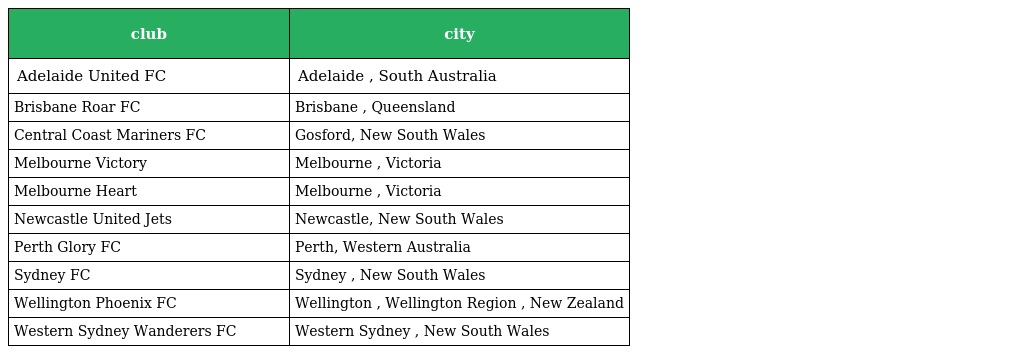
| club | city |
 | --- | --- |
 | Adelaide United FC | Adelaide , South Australia |
 | Brisbane Roar FC | Brisbane , Queensland |
 | Central Coast Mariners FC | Gosford, New South Wales |
 | Melbourne Victory | Melbourne , Victoria |
 | Melbourne Heart | Melbourne , Victoria |
 | Newcastle United Jets | Newcastle, New South Wales |
 | Perth Glory FC | Perth, Western Australia |
 | Sydney FC | Sydney , New South Wales |
 | Wellington Phoenix FC | Wellington , Wellington Region , New Zealand |
 | Western Sydney Wanderers FC | Western Sydney , New South Wales |